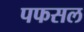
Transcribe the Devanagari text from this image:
पफसल